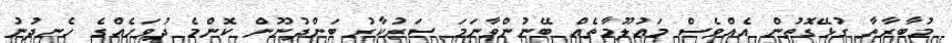
މުބާރާތާ ގުޅޭގޮތުން އެއްވެސް މައުލޫމާތެއް ބޭނުންވާނަމަ ސަރުކާރު ބަންދުނޫން ކޮންމެ ދުވަހެއްގެ ހެނދުނު